Vaccination North-Western Provinces and Oudh 1896-1901 - 1896-1901
Year: 1896
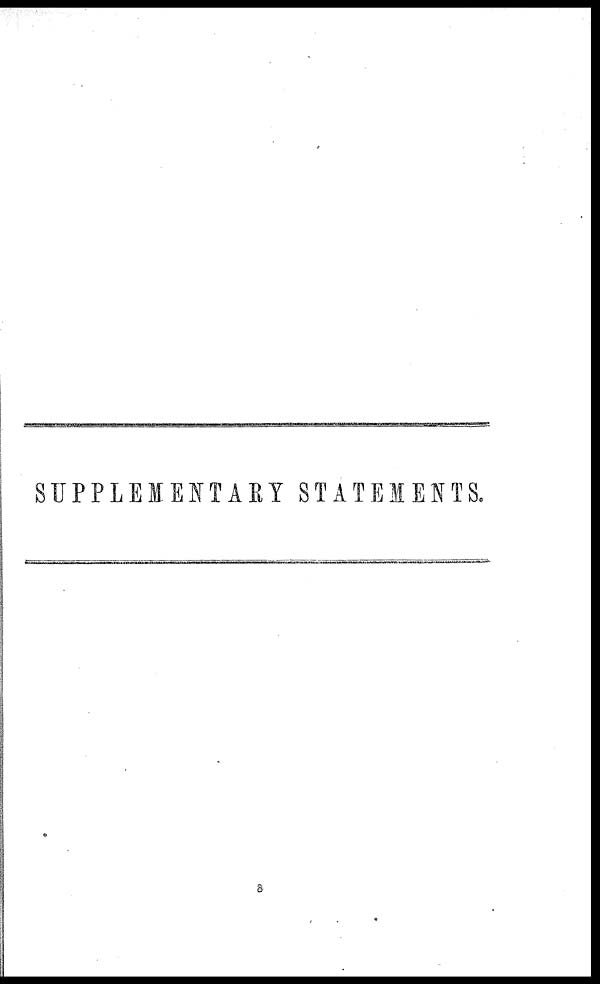
SUPPLEMENTARY STATEMENTS.
8